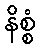
နိစ္စံ